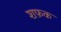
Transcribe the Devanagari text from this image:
शफ़क